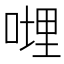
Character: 𠹺